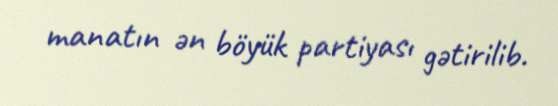
manatın ən böyük partiyası gətirilib.